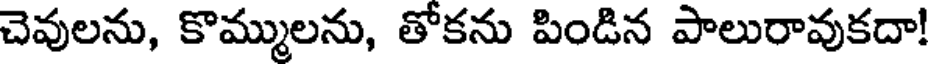
చెవులను, కొమ్ములను, తోకను పిండిన పాలురావుకదా!